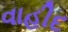
વાહીદ